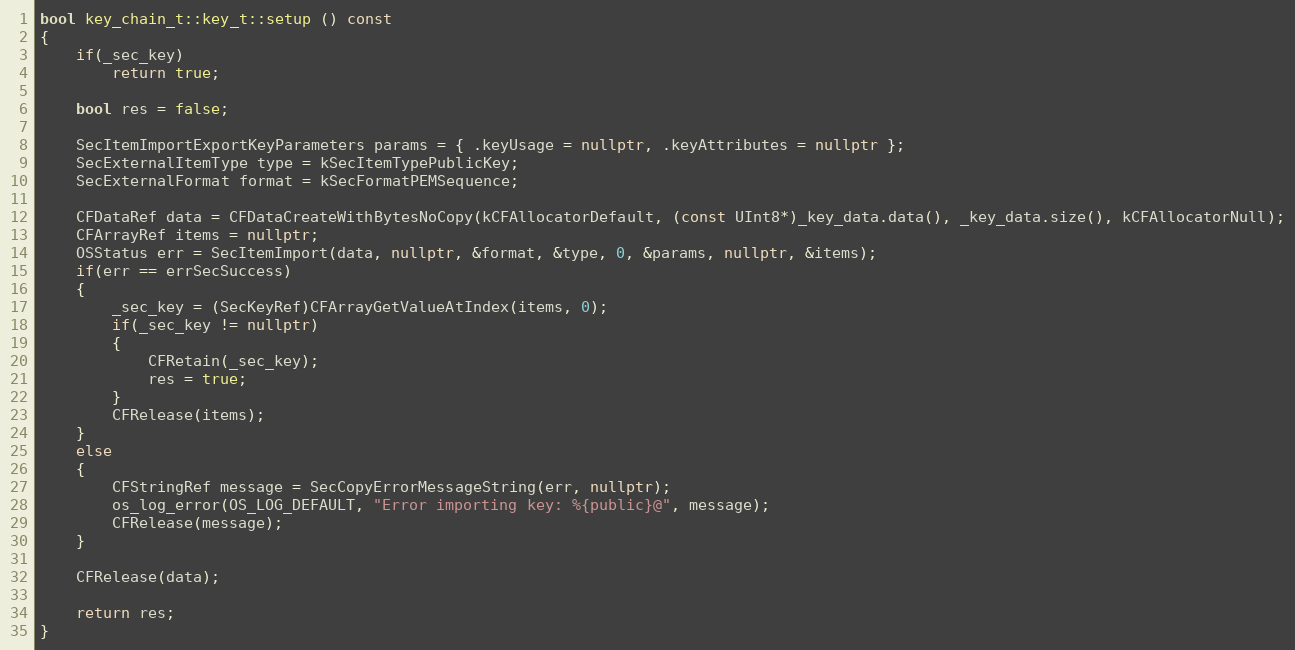
Language: C++
bool key_chain_t::key_t::setup () const
{
	if(_sec_key)
		return true;

	bool res = false;

	SecItemImportExportKeyParameters params = { .keyUsage = nullptr, .keyAttributes = nullptr };
	SecExternalItemType type = kSecItemTypePublicKey;
	SecExternalFormat format = kSecFormatPEMSequence;

	CFDataRef data = CFDataCreateWithBytesNoCopy(kCFAllocatorDefault, (const UInt8*)_key_data.data(), _key_data.size(), kCFAllocatorNull);
	CFArrayRef items = nullptr;
	OSStatus err = SecItemImport(data, nullptr, &format, &type, 0, &params, nullptr, &items);
	if(err == errSecSuccess)
	{
		_sec_key = (SecKeyRef)CFArrayGetValueAtIndex(items, 0);
		if(_sec_key != nullptr)
		{
			CFRetain(_sec_key);
			res = true;
		}
		CFRelease(items);
	}
	else
	{
		CFStringRef message = SecCopyErrorMessageString(err, nullptr);
		os_log_error(OS_LOG_DEFAULT, "Error importing key: %{public}@", message);
		CFRelease(message);
	}

	CFRelease(data);

	return res;
}